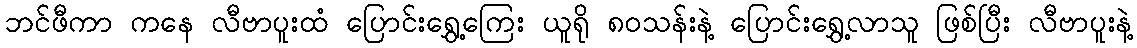
ဘင်ဖီကာ ကနေ လီဗာပူးထံ ပြောင်းရွှေ့ကြေး ယူရို ၈၀သန်းနဲ့ ပြောင်းရွှေ့လာသူ ဖြစ်ပြီး လီဗာပူးနဲ့